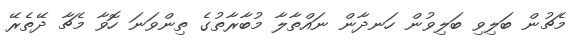
މެޗުން ބަލިވި ބަލިވުން ހަނދާން ނައްތާލާ މުބާރާތުގެ ތިންވަނަ ހޮވާ މެޗާ ދޭތެރޭ